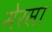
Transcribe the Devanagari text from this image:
मेरसा